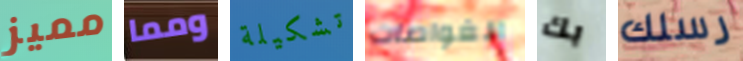
مميز ومما تشكيلة الغواصات بك رسلك